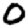
Digit: 0